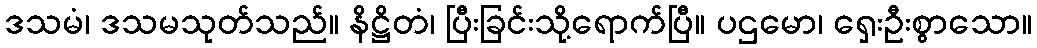
ဒသမံ၊ ဒသမသုတ်သည်။ နိဋ္ဌိတံ၊ ပြီးခြင်းသို့ရောက်ပြီ။ ပဌမော၊ ရှေးဦးစွာသော။